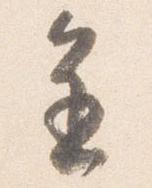
進